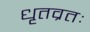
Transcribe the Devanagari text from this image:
धृतव्रतः